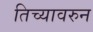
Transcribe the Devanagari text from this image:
तिच्यावरुन